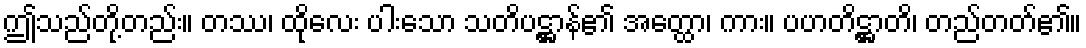
ဤသည်တို့တည်း။ တဿ၊ ထိုလေး ပါးသော သတိပဋ္ဌာန်၏ အတ္ထော၊ ကား။ ပဟတိဋ္ဌာတိ၊ တည်တတ်၏။